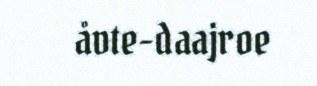
åvte-daajroe